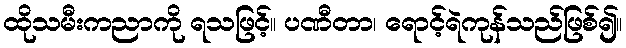
ထိုသမီးကညာကို ရသဖြင့်။ ပဏီတာ၊ ရောင့်ရဲကုန်သည်ဖြစ်၍။